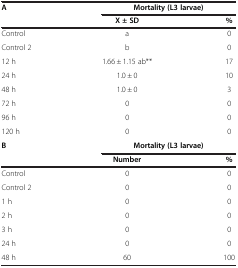
| A | <COLSPAN=2> Mortality (L3 larvae) |
 |  | X ± SD | % |
 | --- | --- | --- |
 | Control | a | 0 |
 | Control 2 | b | 0 |
 | 12 h | 1.66 ± 1.15 ab** | 17 |
 | 24 h | 1.0 ± 0 | 10 |
 | 48 h | 1.0 ± 0 | 3 |
 | 72 h | 0 | 0 |
 | 96 h | 0 | 0 |
 | 120 h | 0 | 0 |
 | B | <COLSPAN=2> Mortality (L3 larvae) |
 |  | Number | % |
 | Control | 0 | 0 |
 | Control 2 | 0 | 0 |
 | 1 h | 0 | 0 |
 | 2 h | 0 | 0 |
 | 3 h | 0 | 0 |
 | 24 h | 0 | 0 |
 | 48 h | 60 | 100 |